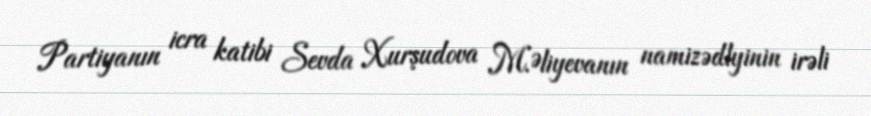
Partiyanın icra katibi Sevda Xurşudova M.Əliyevanın namizədlyinin irəli